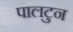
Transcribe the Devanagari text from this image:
पालटुन